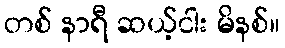
တစ် နာရီ ဆယ့်ငါး မိနစ်။